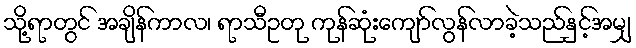
သို့ရာတွင် အချိန်ကာလ၊ ရာသီဥတု ကုန်ဆုံးကျော်လွန်လာခဲ့သည်နှင့်အမျှ